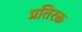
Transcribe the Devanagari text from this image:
प्रतिरक्त